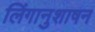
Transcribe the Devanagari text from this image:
लिंगानुशाषन